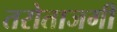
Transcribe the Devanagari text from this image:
तरोताजगी